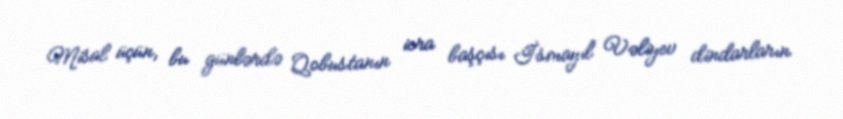
Misal üçün, bu günlərdə Qobustanın icra başçısı İsmayıl Vəliyev dindarların